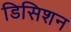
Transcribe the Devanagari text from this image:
डिसिशन